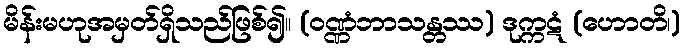
မိန်းမဟုအမှတ်ရှိသည်ဖြစ်၍။ (ဝဏ္ဏံဘာသန္တဿ) ဒုက္ကဋံ (ဟောတိ၊)